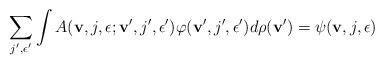
LaTeX: \begin{align*}\sum_{j',\epsilon'}\int\nolimits A({\bf v},j,\epsilon;{\bf v}',j',\epsilon')\varphi({\bf v}',j',\epsilon')d\rho({\bf v}')=\psi({\bf v},j,\epsilon) \end{align*}